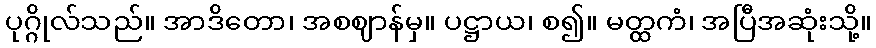
ပုဂ္ဂိုလ်သည်။ အာဒိတော၊ အစဈာန်မှ။ ပဋ္ဌာယ၊ စ၍။ မတ္ထကံ၊ အပြီအဆုံးသို့။